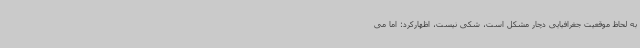
به لحاظ موقعیت جغرافیایی دچار مشکل است، شکی نیست، اظهارکرد: اما می